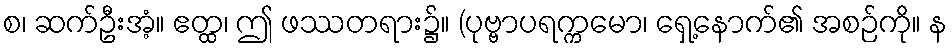
စ၊ ဆက်ဦးအံ့။ ဧတ္ထ၊ ဤ ဖဿတရား၌။ (ပုဗ္ဗာပရက္ကမော၊ ရှေ့နောက်၏ အစဉ်ကို။ န